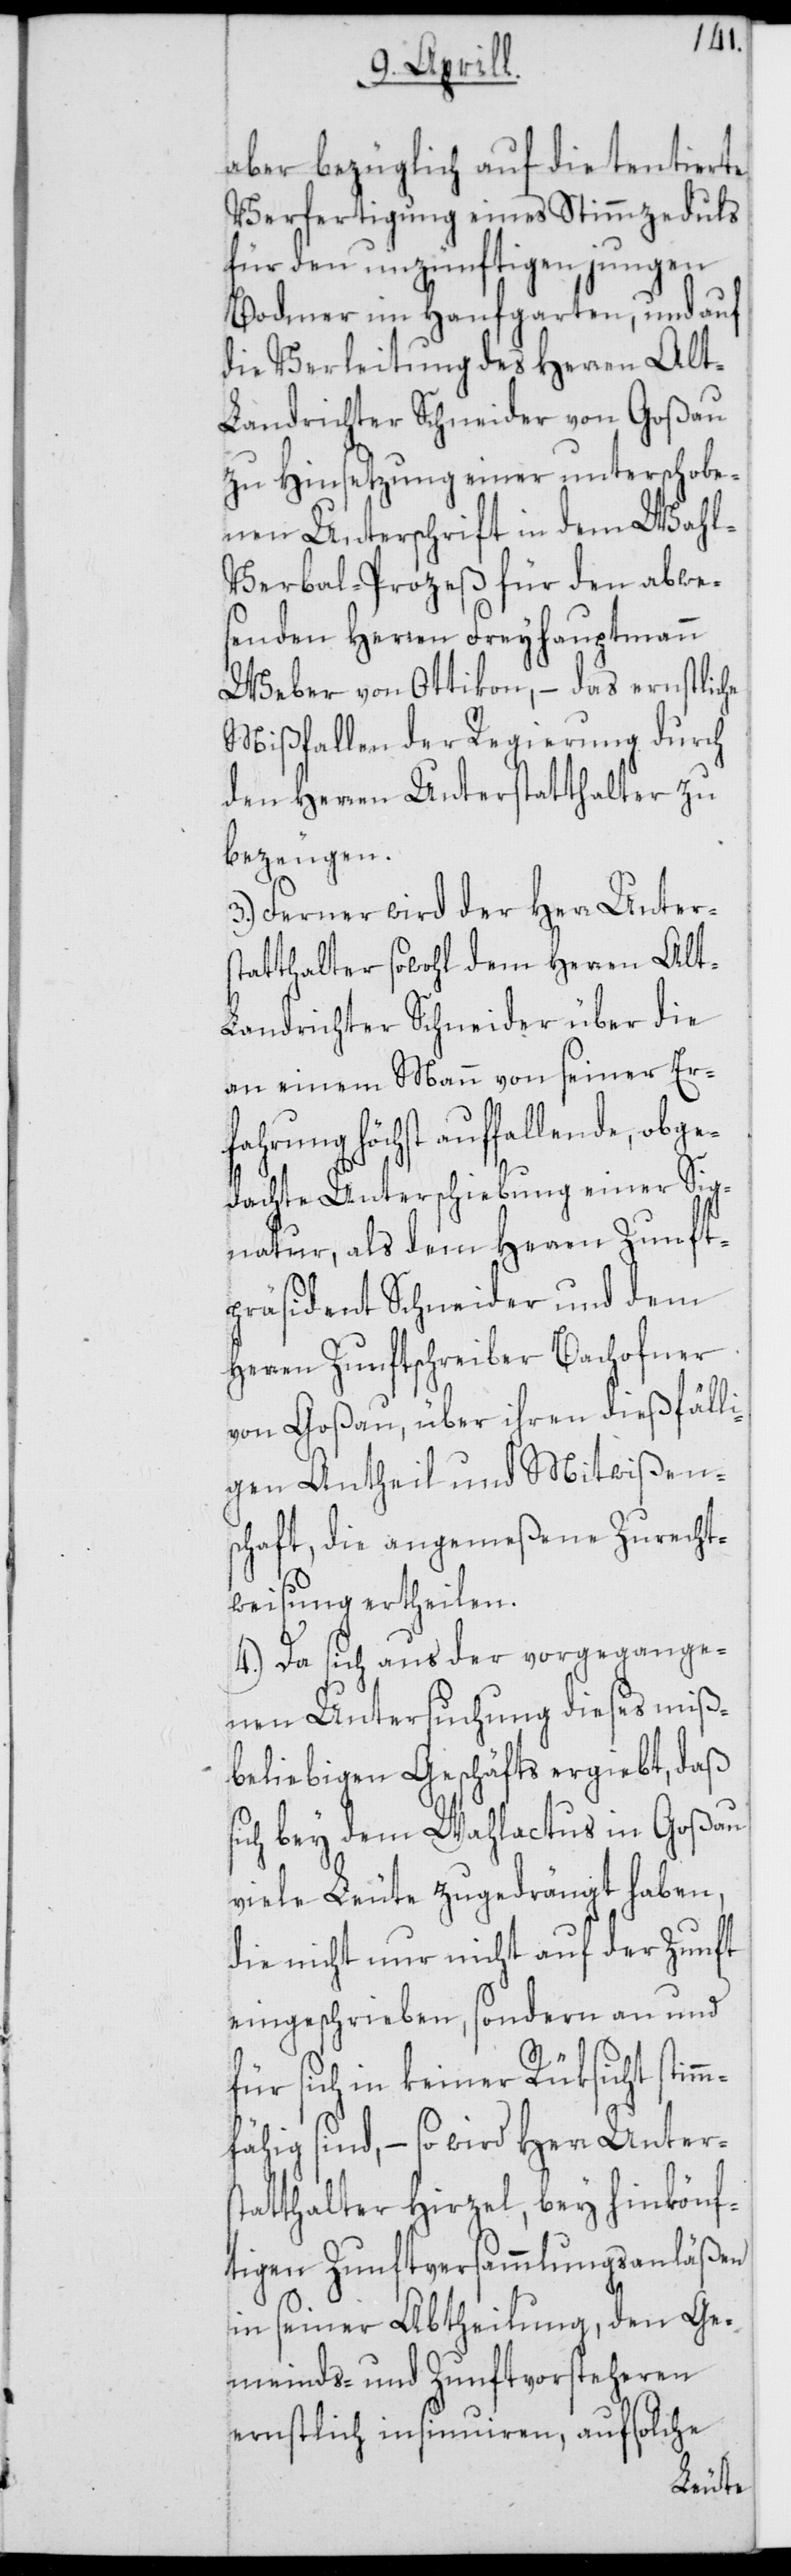
aber bezüglich auf die tentierte
Verfertigung eines Stimmzeduls
für den unzünftigen jungen
Bodmer im Hanfgarten, und auf
die Verleitung des Herren Al¬
t-Landrichter Schneider von Goßau
zu Hinsetzung einer unterschobe¬
nen Unterschrift in dem Wah¬
l-Verbal-Prozeß für den abwe¬
senden Herren Freyhauptmann
Weber von Ottikon, – das ernstliche
Mißfallen der Regierung durch
den Herren Unterstatthalter zu
bezeugen.
Ferner wird der Herr Unters¬
tatthalter sowohl dem Herren Alt-L¬
andrichter Schneider über die
an einem Mann von seiner Erfa¬
hrung höchst auffallende, obg¬
edachte Unterschiebung einer Sig¬
natur, als dem Herren Zunft¬
präsident Schneider und dem
Herren Zunftschreiber Bachofner
von Goßau, über ihren dießfäll¬
igen Antheil und Mitwißen¬
schaft, die angemeßene Zurecht¬
weisung ertheilen.
4.) Da sich aus der vorgegange¬
nen Untersuchung dieses miß¬
beliebigen Geschäfts ergiebt, daß
sich bey dem Wahlactus in Goßau
viele Leute zugedrängt haben,
die nicht nur nicht auf der Zunft
eingeschrieben, sondern an und
für sich in keiner Rüksicht stim¬
mfähig sind, – so wird Herr Unters¬
tatthalter Hirzel, bey hinkönf¬
tigen Zunftversammlungsanläßen
in seiner Abtheilung, den Ge¬
meinds- und Zunftvorsteheren
ernstlich insinuieren, auf solche